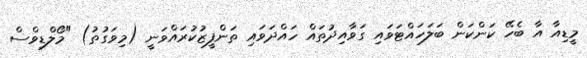
މީޑިއާ އާ ބެހޭ ކަންކަން ބަލަހައްޓަވައި ގަވާއިދުތައް ހައްދަވައި ތަންފީޒުކުރައްވަނީ (މިވަގުތު) "މޯލްޑިވްސް